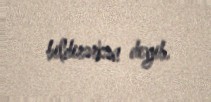
bildirərkən deyib.